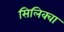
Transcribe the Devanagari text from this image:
सिलिक्वा